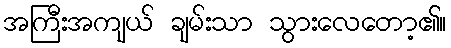
အကြီးအကျယ် ချမ်းသာ သွားလေတော့၏။